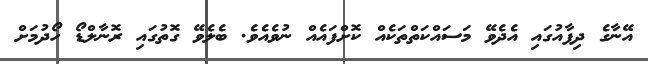
އޭނާގެ ދިފާއުގައި އެދެވޭ މަސައްކަތްތަކެއް ކޮށްފައެއް ނުވެއެވެ. ބެލެވޭ ގޮތުގައި ރޮނާލްޑޯ ހޯދުމަށް